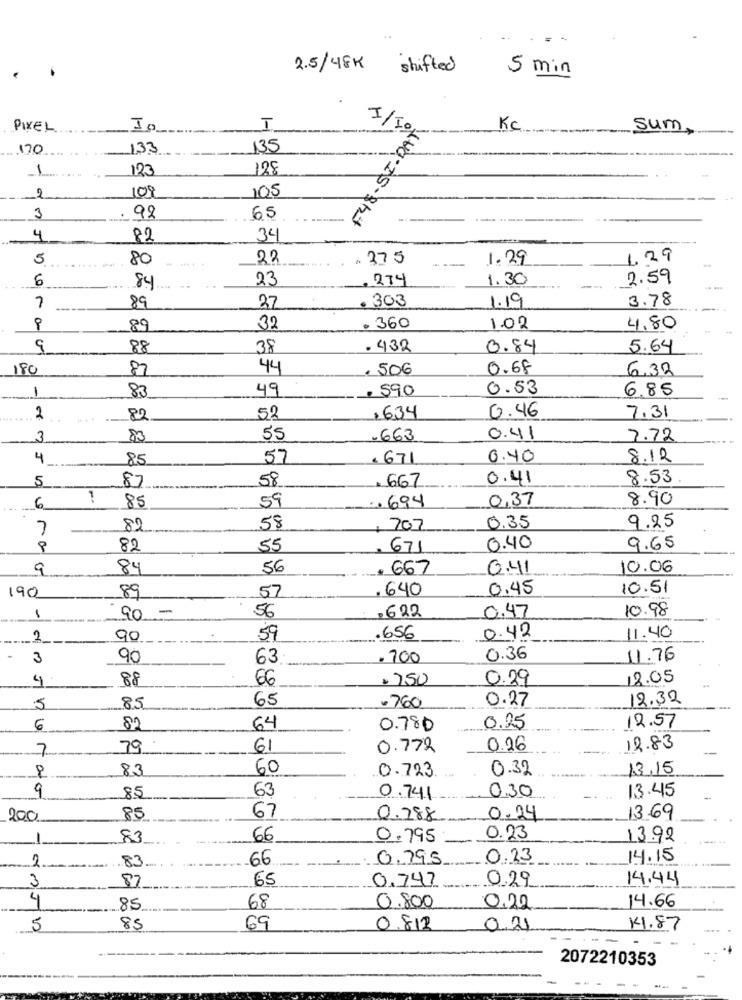
2.5/48k shifted
5 min
F48 - SI - DAY
I/To.
PIXEL.
Kg
sum
170
133
135
1
123
128
109
105
2
3
92
65
-----
4
82
34
5
80
22
.375
1.29
1,29
6
23
. 274
1.30
2.59
84
. 303
1.19
3.78
7
89
37
89
32
. 360
1.02
4.80
9
88
38
. 432
0.84
5.64
180
87
44
€ 506
0.68
6.32
1
49
590
0.53
6.85
83
0.46
2
82
52
.634
7.31
3
83
55
.663
0.41
7.72
4
85
57
.671
0.40
8.12
5
87
58
. 667
0.41
8.53.
59
0,37
8.90
6
85
.. 694
9.25
7
82
58
707
0.35
82
55
671
0.40
9.65
9
84
56
. 667
0.41
10.06
.640
0.45
10.51
190
89
57
1
-
56
.622
10.98
90
0.47
2
90
59
.656
0.42
11.40
3
90
63
. 700
0.36
11.76
4
88
66
. 750
0.29
18.05
65
0.27
12.32
5
85
.760
6
64
0.780
0.25
12.57
7
79
61
0.772
0.26
12.83
8
83
60
0.723.
0.32
13.15
9
63
0,30
13:45
85
0.741
200
85
67
0.288
0.24
13.69
-
83
66
0.795
0.23
13.92
2
83.
66
0.795
0.23
14.15
3
87
65
0.29
14.44
0,747
4
85
68
0.800
0.22
14.66
5
85
69
0.812
0.21
41.87
2072210353